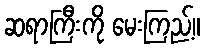
ဆရာကြီးကို မေးကြည့်။